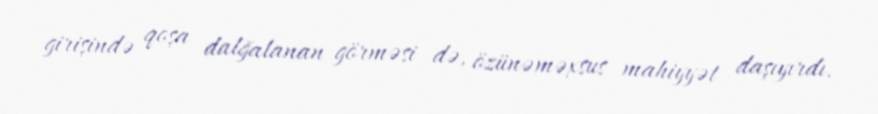
girişində qoşa dalğalanan görməsi də, özünəməxsus mahiyyət daşıyırdı.